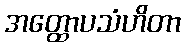
အတ္ထောပသံဟိတာ